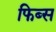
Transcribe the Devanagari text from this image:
फिब्स